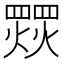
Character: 𱬠